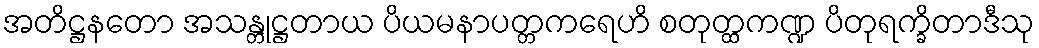
အတိဋ္ဌနတော အသန္တုဋ္ဌတာယ ပိယမနာပတ္တကရေဟိ စတုတ္ထကဏ္ဍ ပိတုရက္ခိတာဒီသု